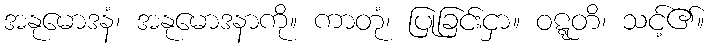
အနုမောဒနံ၊ အနုမောဒနာကို။ ကာတုံ၊ ပြုခြင်းငှာ။ ဝဋ္ဋတိ၊ သင့်၏။